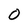
Character: 0